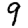
Digit: 9